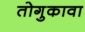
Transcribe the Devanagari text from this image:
तोगुकावा